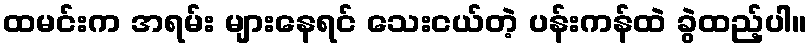
ထမင်းက အရမ်း များနေရင် သေးငယ်တဲ့ ပန်းကန်ထဲ ခွဲထည့်ပါ။